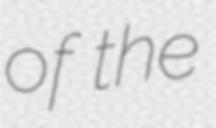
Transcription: of the